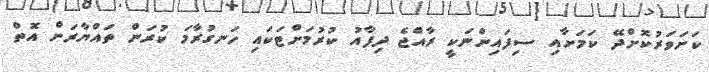
ކަށަވަރުކޮށްދޭ ކަމަށާއި ސިފައިންނަކީ ރާއްޖެ ދިފާއު ކުރުމަށްޓަކައި ހަނގުރާމަ ކުރަން ތައްޔާރަށް އޮތް